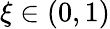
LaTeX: \xi\in(0,1)